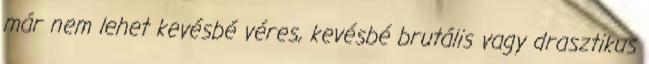
már nem lehet kevésbé véres, kevésbé brutális vagy drasztikus